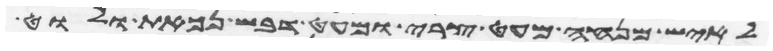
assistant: לאיש מנחה מעט צרי ומעט דבש נכאת ולוט